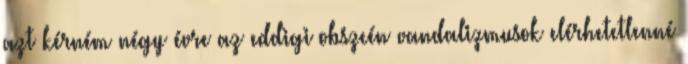
azt kérném négy évre az eddigi obszcén vandalizmusok elérhetetlenné